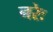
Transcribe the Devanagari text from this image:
नरेः